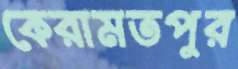
কেরামতপুর